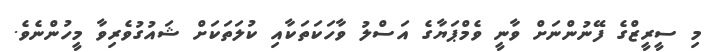
މި ސީރީޒްގެ ފޭނުންނަށް ވާނީ ވެމްޕަޔާގެ އަސްލު ވާހަކަތަކާއި ކުލަތަކަށް ޝައުގުވެރިވާ މީހުންނެވެ.